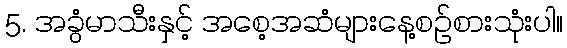
5. အခွံမာသီးနှင့် အစေ့အဆံများနေ့စဉ်စားသုံးပါ။